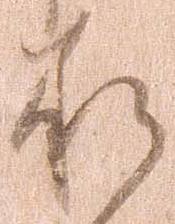
承